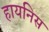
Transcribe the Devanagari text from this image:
हायनिस